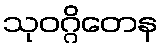
သုဝဂ္ဂိတေန